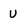
Character: U